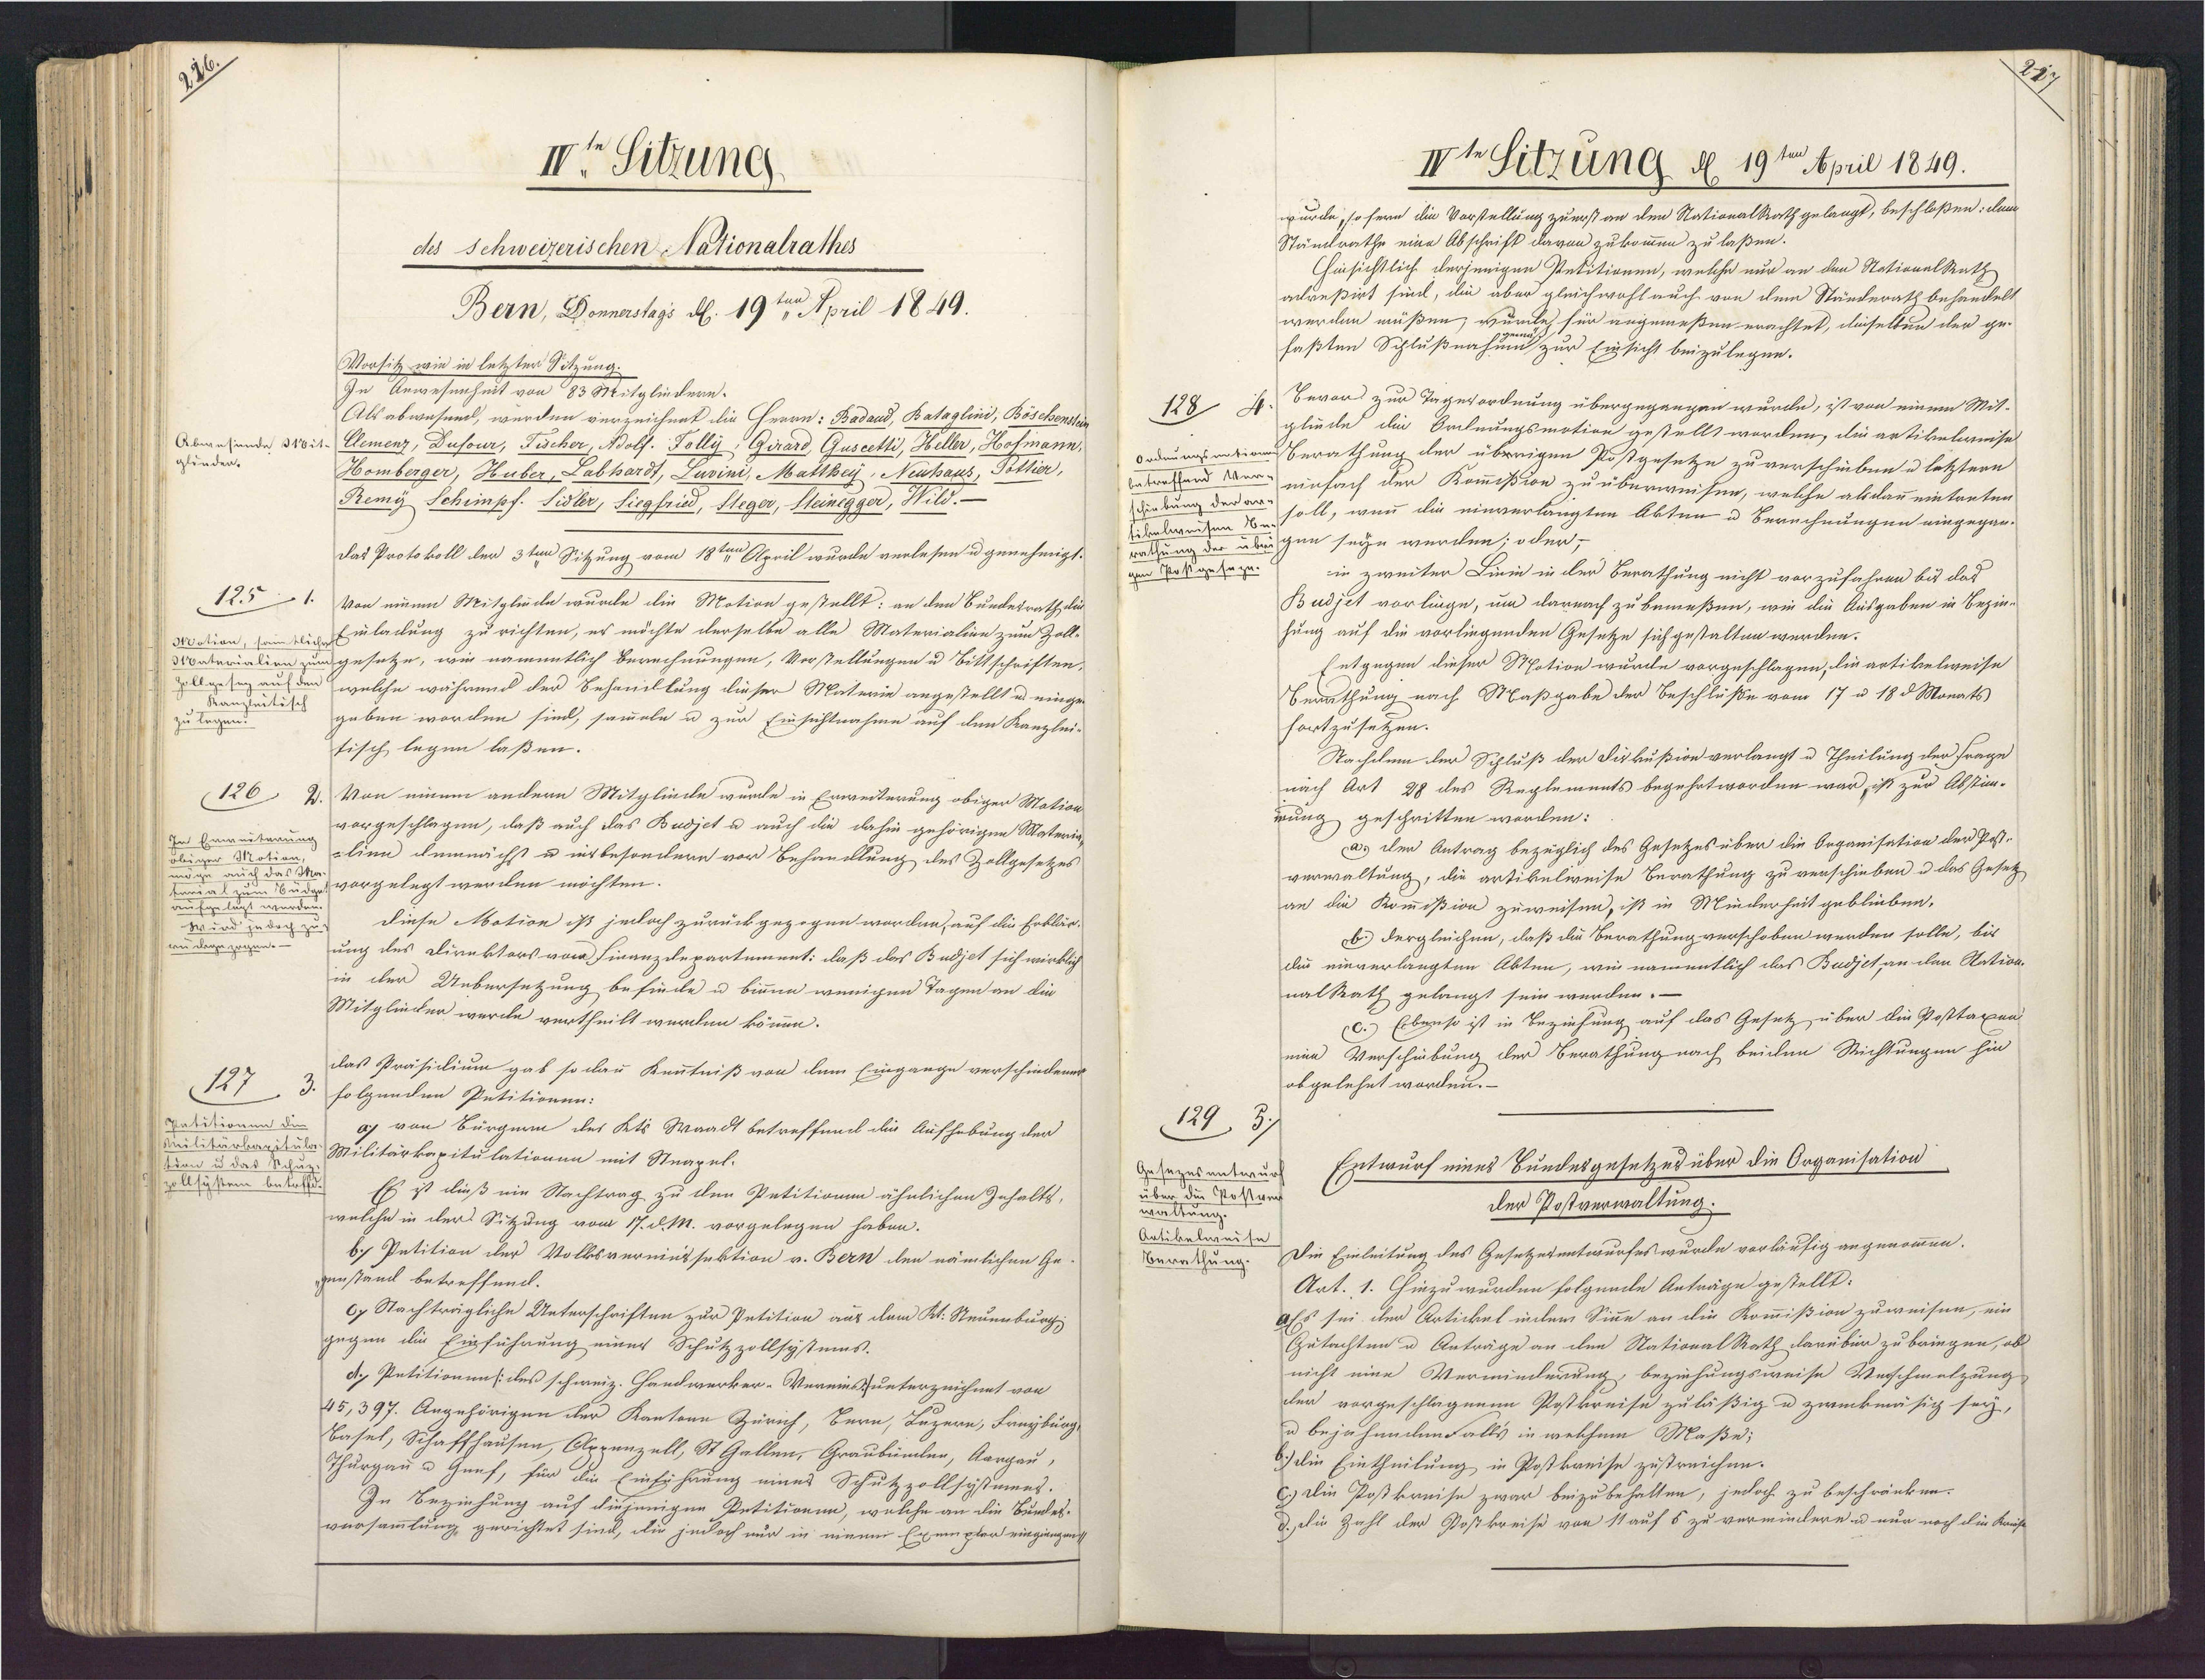
11
Ir Sitzung
des schweizerischen Nationalrathes
Bern, Donnerstags d. 19ten April 1849.
Vorsitz wie in letzter Sitzung.
In Anwesenheit von 83 Mitgliedern.
Als abwesend, werden verzeichnet die Herrn: Badand, Bataglini, Böschenstein
Abwesunde, 310i1. Clemenz, Dusour, Fischer, Nolf. Folly: Girard, Guscetti, Heller, Hofmann,
glünden.
Homberger, Huber, Labhardt, Luvini, Matthey, Neuhaus, Potlier,
Remy Schimpf. Sidler, Siegfried, Steger, Steinegger, Wild.—
das Protokoll der 3ten Sitzung vom 18ten April wurde verlesen u genehmigt
1251
Von einem Mitglucke wurde die Motion gestellt: an den Bundesrath da
Motion, samtlich Einladung zu richten, er möchte derselbe alle Materialien zum Zoll-
Materialien zum gesetze, wie namentlich Berechnungen, Vorstellungen u Bittschriften,
Zollgeseg auf der
welche während der Behandllung dieser Materie angestellt u. einge-
Kanzleitisch
zu legen.
geben worden sind, sammaln u zur Einsichtnahme auf den Kanzlei¬
tisch legen laßen.
126 2. Von einem andern Mitgliede wurde in Erweiterung obiger Mation
vorgeschlagen, daß auch das Budjet u auch die dahin gehörigen Materia
In Erweiterung
-lien demnächst u insbesondern vor Behandlung des Zollgesetzes
obiger Motion,
das M
Budervorgelegt werden möchten.
hglugt wurden
diese Motion ist jedoch zurückgezogen worden, auf die Erklär¬
wu dege zegen
Wirdzuhsung des Direktors vom Finanzdepartement: daß das Budjet sich wirklich
in der Uebersetzung befinde u binnn wenigen Tagen an die
Mitglüncker werde vertheilt werden könne.
das Präsidium gab so dann Kenntniß von dem Eingange verschiedenet
127
folgenden Petitionen:
Patitionen die
a) von Bürgern des Kts Waadt betreffend die Aufhebung der
Militärbapitute Militärkapitulationen mit Stnapel.
tion u das Schu
zollsystem betrfft
Es ist dieß ein Nachtrag zu den Petitionen ähnlichen Inhalts,
welche in der Sitzung vom 17. d. M. vorgelegen haben.
b.) Petition der Volksvernnssektion v. Bern den nämlichen Ge-
genstand betreffend.
c) Nachträgliche Unterschriften zur Petition aus dem Kt. Nteuenburg
gegen die Einführung einer Schutzzollsystums.
d. Petitionen (:des schweiz. Handwerker-Vereinsunterzeichnet von
45,397. Angehörigen der Kantone Zürich, Bern, Luzern, Freyburg
Basel, Schaffhausen, Appenzell, St Gallen, Graubümlen, Aargau,
Thurgau u Grnf, für die Einfyhrung eines Schutzzollsystmens.
In Beziehung auf diejenigen Petitionen, welche an die Bundes¬
versammlung, gerichtet sind, die jedoch nur in eieem Exempler eingiengen

IIt Sitzung d. 19ten April 1849.
wurde, so fern die Vorstellung zuerst an den Ntationalkath gelangt, beschloßen: den
Stämlrathe eine Abschrift davon zukommen zu laßen.
hinsichtlich derjenigen Petitionen, welche nur an den StationalRath
anreßirt sind, die aber gleichwohl auch von dem Ständerath behandelt
werden müßen, wurdde für angemeßen erachtet, dieselben der ge¬
faßten Schlußnahm zur Einsicht beizulegen.
Bevor zur Tagesordnung übergegangen wurde, ist von einem Mit¬
128 d
gliede die Ordnungsmotion gestellt worden, die artikelweise
AeduungsationBerathung der übrrigen Postgesetze zu verschieben u letztern
Entreffend Wer-einfach der Kommißion zu überweisen, welche alsdan eintreten
schiebung der ar- soll, wenn die einverlangten Akten u Berechnungen eingegan¬
sibelweisen be
rathung der übrighen seyn werden; oder¬
gen Postgesege.
in zweiter Liein in der Berathung nicht vorzufahren bis das
Budjet vorlinge, um darnach zu bemeßen, wie die Ausgaben in Bezin¬
hung auf die vorliegenden Gesetze sich gestalten werden.
Entgegen dieser Motion wurde vorgeschlagen, lieartikelweise
Berathung nach Maßgabe der Beschlüße vom 17 u 18 d Monats
fortzusetzen.
Nachdem der Schluß der Diskußion verlangt u Theilung der Frage
nach Art 28 des Reglements begehrt worden war, ist zur Abstim-
rung geschritten worden:
a) den Antrag bezüglich des Gesetzes über die Oeganisation der Pest¬
verwaltung, die artikulweise Berathung zu verschieben u das Gesetz
an die Kommißion zuweisen, ist in Minderheit geblieben.
b.) dergleichen, daß die Berathung verschoben werden solle, bis
di einverlangten Akten, wie namentlich das Budjet an den Nation¬
nalRath gelangt sein werden.-
C.) Erbenso ist in Beziehung auf das Gesetz über die Posttaxen
eine Verschiebung der Berathung nach beiden Richtungen hin
obgelehnt worden.
129,3)
Entwurf eines Bundesgesetzes über die Organisation
Gesazesentwur
über die Postve
der Postverwaltung;
walte
Aatibeleanu Die Einleitung des Gesetzetentwurfes wurde vorläufig angenommen.
erathung.
Art. 1. Ehinzuwurden folgende Anträge gestellt:
aEs sei der Artickel inlem Sinne an die Kommißion zuweisen, ein
Gutachten u Anträge an den StationalRath dariber zu bringen, ob-
nicht eine Verminderung beziehungsweise Verschmetzung
der vorgeschlagenen Postkreise zuläßig u zweckmäsig sey,
u bejähendenFalls in welchem Maße;
6.) die Eintheilung in Postkreise zustreichen.
c) die Poßkreise zwar beizubehalten, jedoch zu beschränken.
d. die Zahl der Poßkreise von 11 auf s zu vermindere ud nur noch die Kaif

227